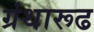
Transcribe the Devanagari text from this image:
ग्रंथारूढ